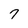
Character: 7